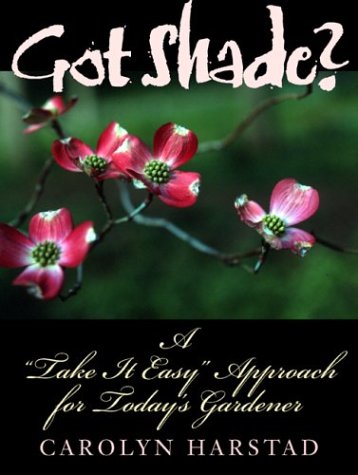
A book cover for Got Shade?: A "Take It Easy" Approach for Today's Gardener; Carolyn Harstad; Crafts, Hobbies & Home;